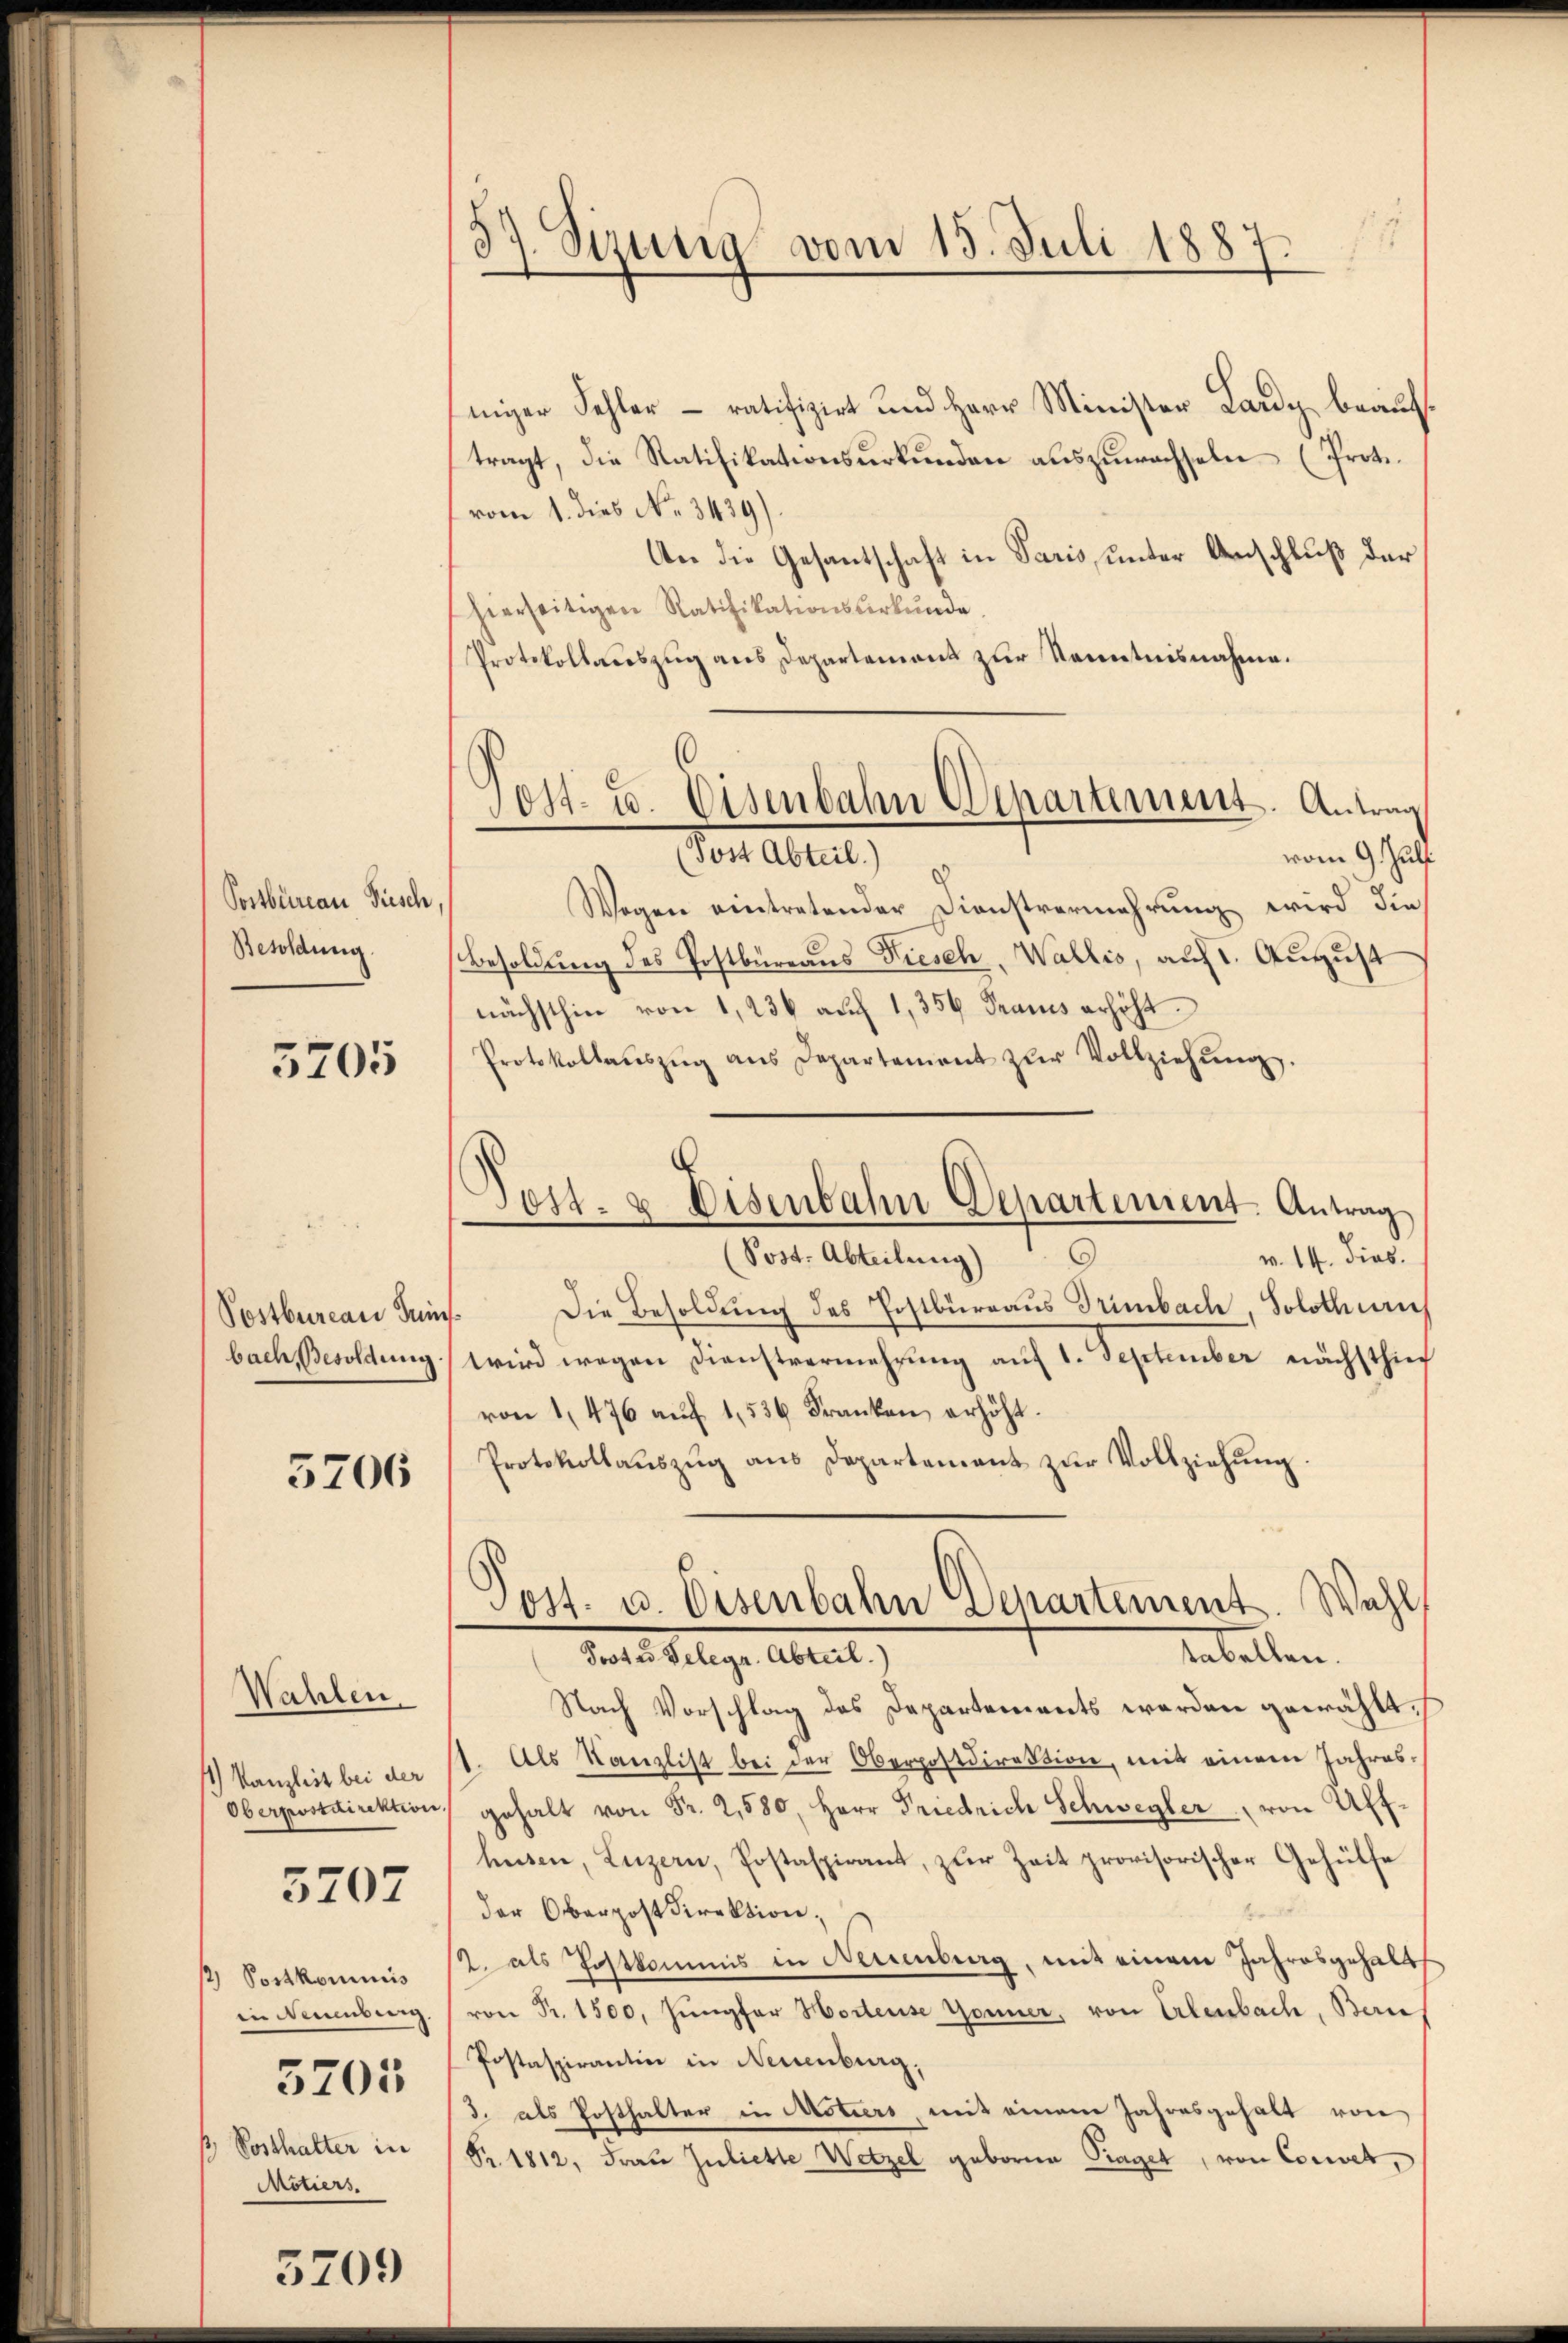
Postbureau Fisch
Besoldung

5705

Postbureau Juisbach, Besoldung

5706

Wahlen.
11) Kanzlist bei der
Oberpostdirektion,

5707

/ Postkommnis
in Neuenburg.
ß, Posthalter in
Motiers.

5705

5709

57. Sizung vom 15. Juli 1887.

niger Fehler – ratifizirt und Herr Minister Lardy beauf
tragt, die Ratifikationsurkunden auszuwachseln (Proto
vom 1. dies No. 3439).
An die Gesantschaft in Paris, unter Anschluß der
hierseitigen Ratifikationsŭrkŭnde
Protokollauszug aus Departement zur Kenntnisnahme.
vom 9. Juli
(Post Abteil)
Wogen eintretender Dienstvermehrung wird die
Besoldung des Postbureaus Fiesch, Wallis, auf 1. August
nächsthin von 1,236 auf 1,356 Praxis erhöht.
Protokollaŭszŭg ans Departement zŭr Vollziehŭng.
(Post. Abteilung)
v. 14. dies.
Die Besoldung des Postbürraus Trimbach, Solothurich
wird wegen Dienstvermehrung auf 1. September nächsthier
von 1476 aŭf 1,536 Franken erhöht.
Protokollaŭszŭg ans Departement zŭr Vollziehŭng.
Post- u. Eisenbahn Departement. Wahl
tabellen.
Protes Gelegr. Abteil.
Nach Vorschlag des Departements werden gewählt.
1. Als Kanzlist bei der Oberpostdirektion, mit einem Jahres-
gehalt von Fr. 2,580, Herr Friedrich Schwegler von Aff
husen, Luzern, Postaspirant, zŭr Zeit provisorischer Gehülfe
der Oberpost Direktion,
2. als Postkommis in Neuenburg, mit einem Jahresgehalt
von Pr. 1500. Jungfer Horteuse Gönner, von Erlenbach, Berne
Postaspirantin in Neuenburg,
3. als Posthalter in Motiers, mit einem Jahresgehalt von
Fr. 1812, Frau Juliette Wetzel geborne Praget, von Conses,

6
Sost- u. Eisenbahn Departement. Antrag

Jost- u Eisenbahn Departement. Antrag